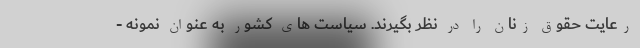
رعایت حقوق زنان را در نظر بگیرند. سیاست های کشور به عنوان نمونه -